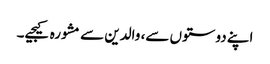
اپنے دوستوں سے، والدین سے مشورہ کیجیے۔